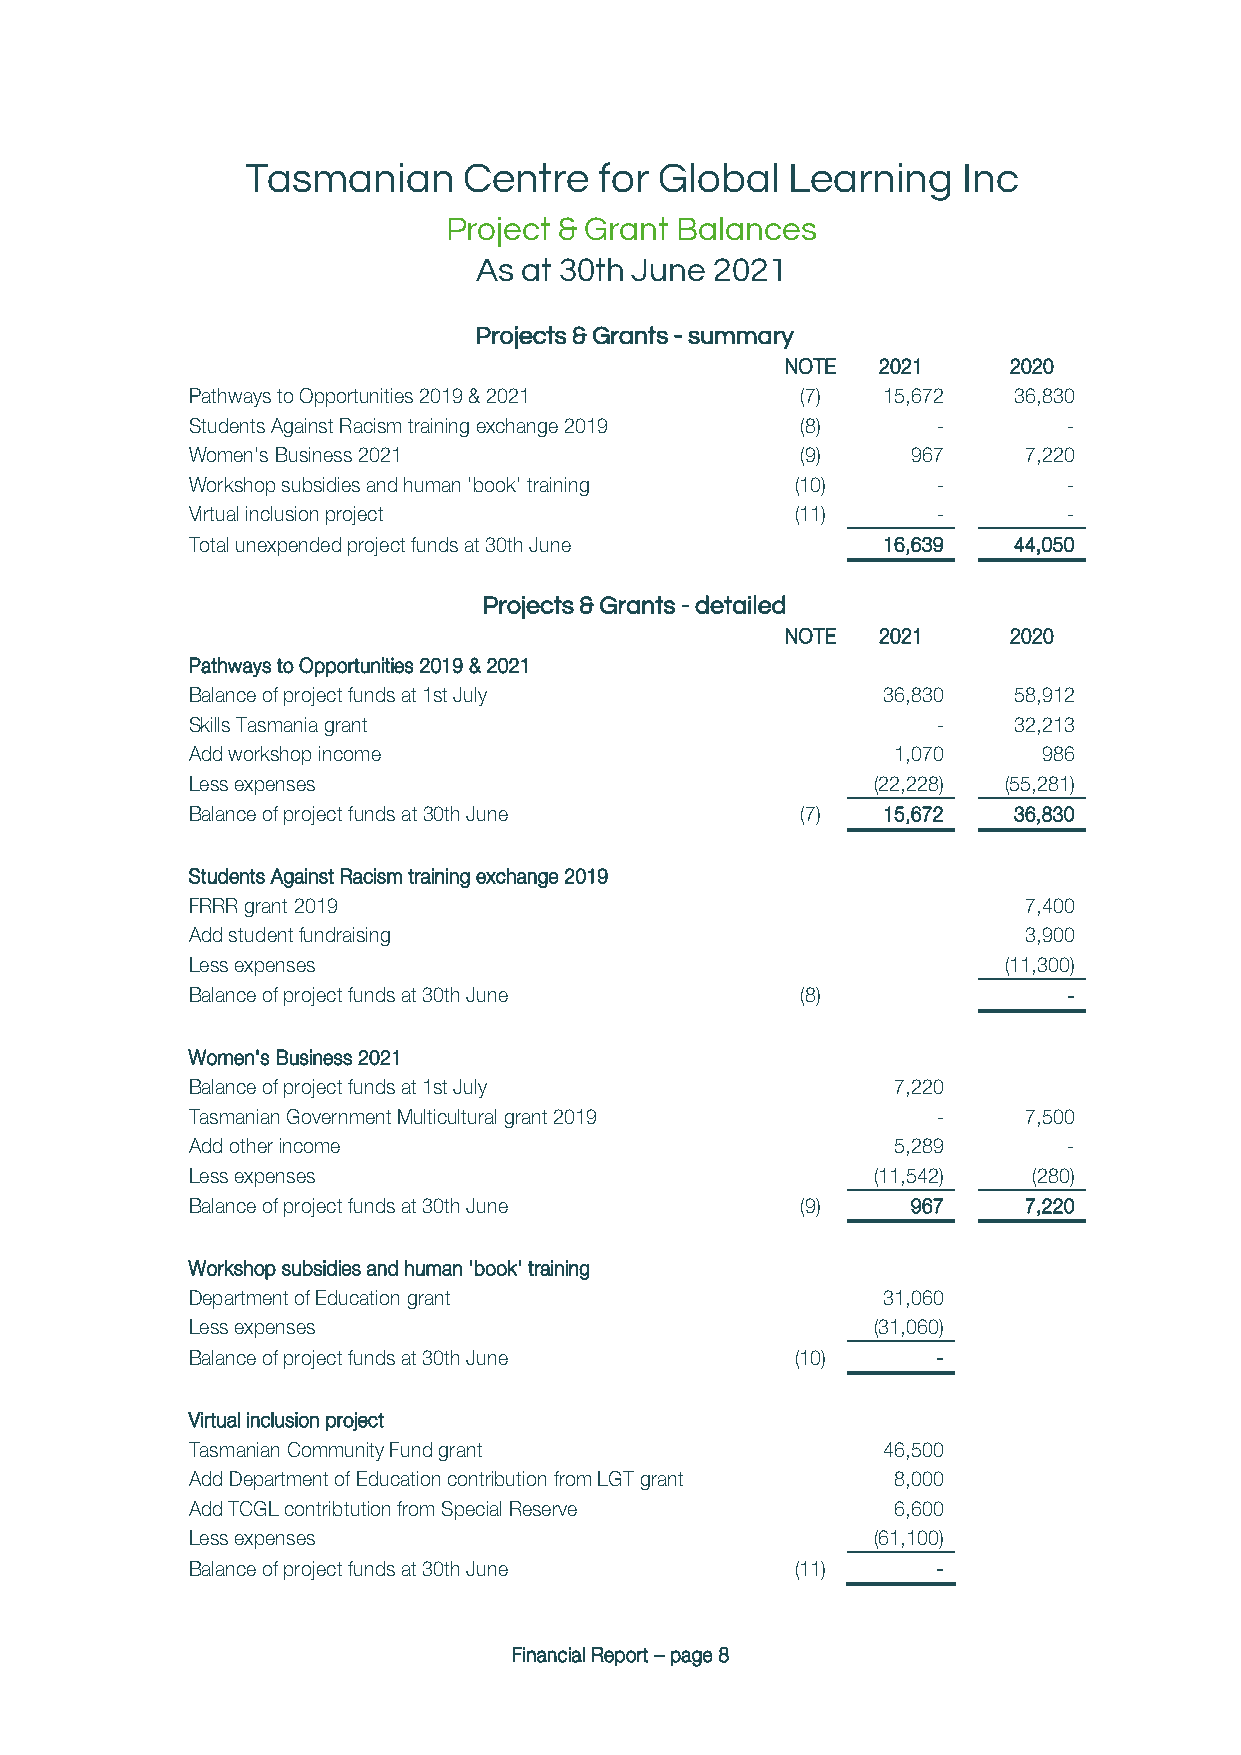
Tasmanian      Centre   for Global  Learning    Inc
 Project & Grant Balances
 As at 30th June 2021
 Projects & Grants - summary
 NOTE  2021     2020
 Pathways to Opportunities 2019 & 2021    (7)  15,672   36,830
 Students Against Racism training exchange 2019 (8) -       -
 Women's Business 2021                    (9)    967     7,220
 Workshop subsidies and human 'book' training (10) -        -
 Virtual inclusion project                (11)     -        -
 Total unexpended project funds at 30th June   16,639   44,050
 Projects & Grants - detailed
 NOTE  2021     2020
 Pathways to Opportunities 2019 & 2021
 Balance of project funds at 1st July          36,830   58,912
 Skills Tasmania grant                             -    32,213
 Add workshop income                            1,070     986
 Less expenses                                 (22,228) (55,281)
 Balance of project funds at 30th June    (7)  15,672   36,830
 Students Against Racism training exchange 2019
 FRRR grant 2019                                         7,400
 Add student fundraising                                 3,900
 Less expenses                                         (11,300)
 Balance of project funds at 30th June    (8)               -
 Women's Business 2021
 Balance of project funds at 1st July           7,220
 Tasmanian Government Multicultural grant 2019     -     7,500
 Add other income                               5,289       -
 Less expenses                                 (11,542)  (280)
 Balance of project funds at 30th June    (9)    967     7,220
 Workshop subsidies and human 'book' training
 Department of Education grant                 31,060
 Less expenses                                 (31,060)
 Balance of project funds at 30th June    (10)     -
 Virtual inclusion project
 Tasmanian Community Fund grant                46,500
 Add Department of Education contribution from LGT grant 8,000
 Add TCGL contribtution from Special Reserve    6,600
 Less expenses                                 (61,100)
 Balance of project funds at 30th June    (11)     -
 Financial Report – page 8